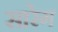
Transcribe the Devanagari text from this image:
सारेग